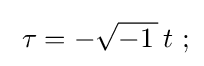
\;\tau =-{\sqrt {-1\,}}\,t~;